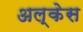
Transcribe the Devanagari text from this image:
अल्केस